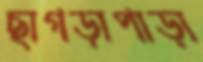
ছাগড়াপাড়া